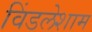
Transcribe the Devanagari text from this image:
विंडलेशाम